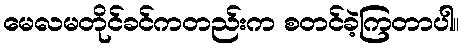
မေလမတိုင်ခင်ကတည်းက စတင်ခဲ့ကြတာပါ။